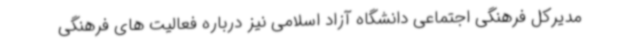
مدیرکل فرهنگی اجتماعی دانشگاه آزاد اسلامی نیز درباره فعالیت های فرهنگی